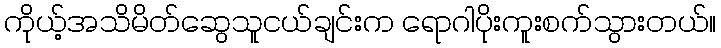
ကိုယ့်အသိမိတ်ဆွေသူငယ်ချင်းက ရောဂါပိုးကူးစက်သွားတယ်။